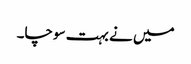
میں نے بہت سوچا۔